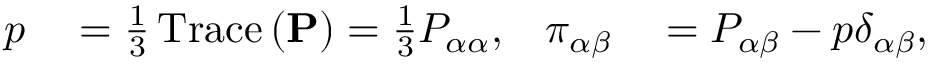
\begin{array} { r l r l } { p } & { { } = \frac { 1 } { 3 } \operatorname { T r a c e } \left( \mathbf { P } \right) = \frac { 1 } { 3 } P _ { \alpha \alpha } , } & { \pi _ { \alpha \beta } } & { { } = P _ { \alpha \beta } - p \delta _ { \alpha \beta } , } \end{array}